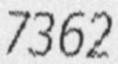
7362